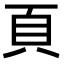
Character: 頁